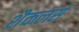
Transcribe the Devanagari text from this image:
शैकलर्स